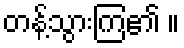
တန့်သွားကြ၏ ။